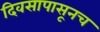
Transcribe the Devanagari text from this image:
दिवसापासूनच